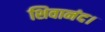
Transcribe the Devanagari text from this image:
शिवानंद।